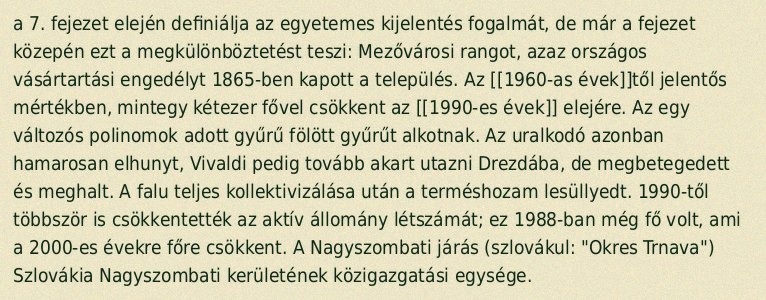
a 7. fejezet elején definiálja az egyetemes kijelentés fogalmát, de már a fejezet közepén ezt a megkülönböztetést teszi: Mezővárosi rangot, azaz országos vásártartási engedélyt 1865-ben kapott a település. Az [[1960-as évek]]től jelentős mértékben, mintegy kétezer fővel csökkent az [[1990-es évek]] elejére. Az egy változós polinomok adott gyűrű fölött gyűrűt alkotnak. Az uralkodó azonban hamarosan elhunyt, Vivaldi pedig tovább akart utazni Drezdába, de megbetegedett és meghalt. A falu teljes kollektivizálása után a terméshozam lesüllyedt. 1990-től többször is csökkentették az aktív állomány létszámát; ez 1988-ban még fő volt, ami a 2000-es évekre főre csökkent. A Nagyszombati járás (szlovákul: "Okres Trnava") Szlovákia Nagyszombati kerületének közigazgatási egysége.